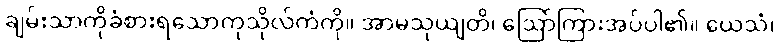
ချမ်းသာကိုခံစားရသောကုသိုလ်ကံကို။ အာမသုယျတိ၊ ဩော်ကြားအပ်ပါ၏။ ယေသံ၊